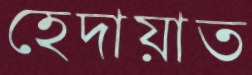
হেদায়াত